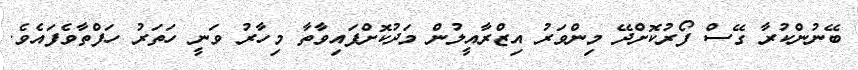
ބޭނުންކުރާ ގޭސް ފޯރުކޮށްދޭ މިންވަރު އިޒްރާއީލުން މަދުކޮށްފައިވާތާ މިހާރު ވަނީ ހަތަރު ހަފްތާވެފައެވެ.